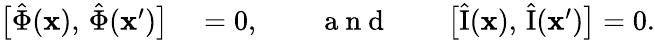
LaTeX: \begin{array}{rl}{\bigl[\hat{\Phi}(\mathbf{x}),\, \hat{\Phi}(\mathbf{x}^{\prime})\bigr]}&{{}=0,\qquad\mathrm{~a~n~d~}\qquad\bigl[\hat{\mathrm{I}}(\mathbf{x}),\, \hat{\mathrm{I}}(\mathbf{x}^{\prime})\bigr]=0.}\end{array}